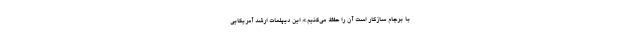
با برجام سازگار است آن را حفظ می‌کنیم.». این دیپلمات ارشد آمریکایی